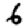
Digit: 6